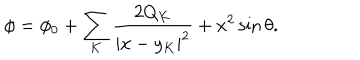
\phi = \phi _ { 0 } + \sum _ { K } { \frac { 2 Q _ { K } } { | x - y _ { K } | ^ { 2 } } } + x ^ { 2 } \sin \theta .